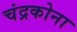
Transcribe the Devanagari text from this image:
चंद्रकोना